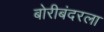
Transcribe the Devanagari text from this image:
बोरीबंदरला